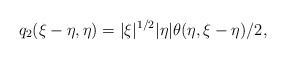
\begin{align*}q_2(\xi-\eta, \eta)= |\xi|^{1/2} |\eta| \theta(\eta, \xi-\eta)/2,\end{align*}